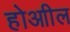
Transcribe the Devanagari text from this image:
होआील